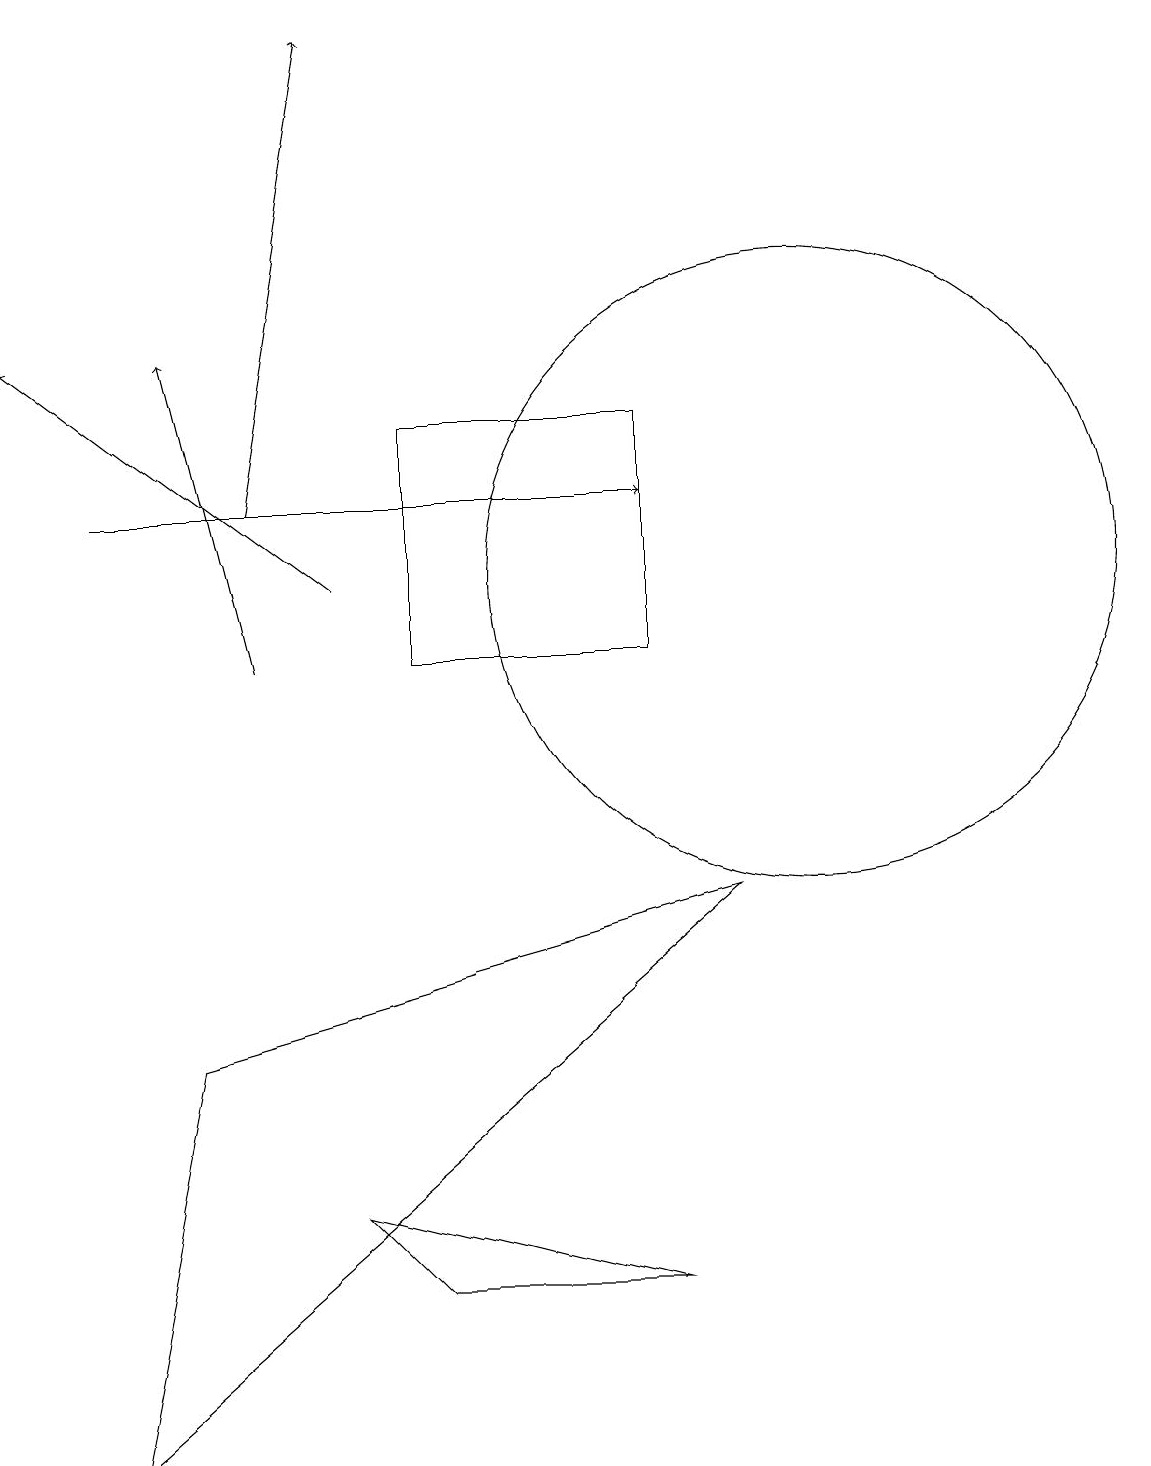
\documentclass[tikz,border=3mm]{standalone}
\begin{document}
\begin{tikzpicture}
\draw[->] (3,11) -- (2,15);
\draw[->] (4,12) -- (0,15);
\draw (8,14) rectangle (5,11);
\draw[->] (1,13) -- (8,13);
\draw (10,12) circle (4);
\draw (2,6) -- (9,8) -- (1,1) -- cycle;
\draw[->] (3,13) -- (4,19);
\draw (5,3) -- (8,3) -- (4,4) -- cycle;
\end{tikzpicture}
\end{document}